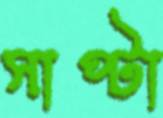
সাপ্‌টা